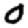
Digit: 0